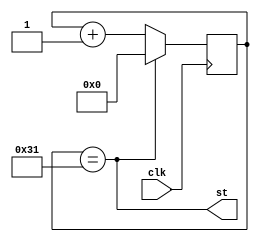
`timescale 1ns / 1ps


module Gen_us(
    input clk,
    output wire st
    );

reg [5:0]cb_st = 0;

assign st = (cb_st == (50 - 1)); // T1us/Tclk = 1000 / 20 = 50

always @(posedge clk) begin
	cb_st <= st? 0 : cb_st + 1;
end

endmodule